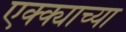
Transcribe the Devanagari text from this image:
एक्क्याच्या